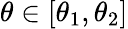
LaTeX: \theta\in\left[\theta_{1},\theta_{2}\right]